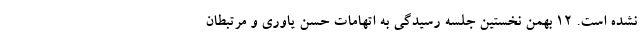
نشده است. ۱۲ بهمن نخستین جلسه رسیدگی به اتهامات حسن یاوری و مرتبطان